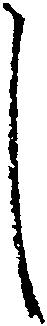
し